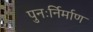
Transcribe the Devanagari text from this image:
पुनःर्निर्माण